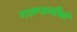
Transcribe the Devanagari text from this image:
गरूडजीको